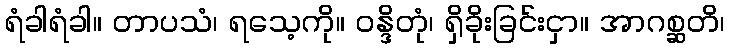
ရံခါရံခါ။ တာပသံ၊ ရသေ့ကို။ ဝန္ဒိတုံ၊ ရှိခိုးခြင်းငှာ။ အာဂစ္ဆတိ၊